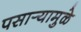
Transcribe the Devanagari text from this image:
पसार्‍यामुळे